Annual returns of the Patna Lunatic Asylum at Bankipore in Bihar and Orissa - 1912-1924
Year: 1912
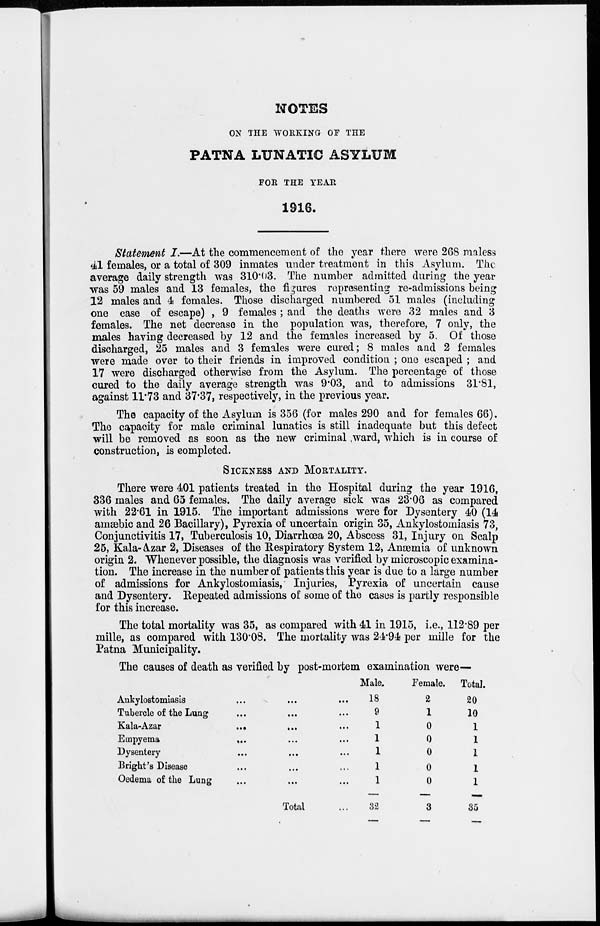
NOTES
ON THE WORKING OF THE
PATNA LUNATIC ASYLUM
FOR THE YEAR
1916.
Statement I.—At the commencement of the year there were 268 maless
41 females, or a total of 309 inmates under treatment in this Asylum. The
average daily strength was 310.03. The number admitted during the year
was 59 males and 13 females, the figures representing re-admissions being
12 males and 4 females. Those discharged numbered 51 males (including
one case of escape) , 9 females ; and the deaths were 32 males and 3
females. The net decrease in the population was, therefore, 7 only, the
males having decreased by 12 and the females increased by 5. Of those
discharged, 25 males and 3 females were cured; 8 males and 2 females
were made over to their friends in improved condition ; one escaped ; and
17 were discharged otherwise from the Asylum. The percentage of those
cured to the daily average strength was 9.03, and to admissions 31.81,
against 11.73 and 37.37, respectively, in the previous year.
The capacity of the Asylum is 356 (for males 290 and for females 66).
The capacity for male criminal lunatics is still inadequate but this defect
will be removed as soon as the new criminal ward, which is in course of
construction, is completed.
SICKNESS AND MORTALITY.
There were 401 patients treated in the Hospital during the year 1916,
336 males and 65 females. The daily average sick was 23.06 as compared
with 22.61 in 1915. The important admissions were for Dysentery 40 (14
amæbic and 26 Bacillary), Pyrexia of uncertain origin 35, Ankylostomiasis 73,
Conjunctivitis 17, Tuberculosis 10, Diarrhœa 20, Abscess 31, Injury on Scalp
25, Kala-Azar 2, Diseases of the Respiratory System 12, Anæmia of unknown
origin 2. Whenever possible, the diagnosis was verified by microscopic examina-
tion. The increase in the number of patients this year is due to a large number
of admissions for Ankylostomiasis, Injuries, Pyrexia of uncertain cause
and Dysentery. Repeated admissions of some of the cases is partly responsible
for this increase.
The total mortality was 35, as compared with 41 in 1915, i.e., 112.89 per
mille, as compared with 130.08. The mortality was 24.94 per mille for the
Patna Municipality.
The causes of death as verified by post-mortem examination were—
Ankylostomiasis ... ... ...
Tubercle of the Lung ... ... ...
Kala-Azar ... ... ...
Empyema ... ... ... ...
Dysentery ... ... ...
Bright's Disease ... ... ...
Oedema of the Lung ... ...
Total ...
Male.
18
9
1
1
1
1
1
32
Female.
2
1
0
0
0
0
0
3
Total.
20
10
1
1
1
1
1
35